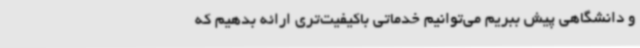
و دانشگاهی پیش ببریم می‌توانیم خدماتی باکیفیت‌تری ارائه بدهیم که